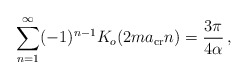
\begin{align*}\sum_{n=1}^{\infty}(-1)^{n-1} K_o(2ma_{\rm cr}n)= {3\pi\over 4\alpha}\,,\end{align*}